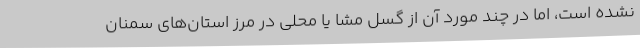
نشده است، اما در چند مورد آن از گسل مشا یا محلی در مرز استان‌های سمنان